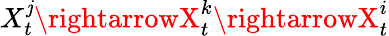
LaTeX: X_{t}^{\mathit{j}}\rightarrowX_{t}^{k}\rightarrowX_{t}^{i}